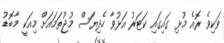
ވަކިވެ ރޮއެ މުޅި ގައިގައި ކަޓަރު އަޅުވާ ހެދިޔަސް މުޖުތަމައަށް މިއަކީ މާބޮޑު